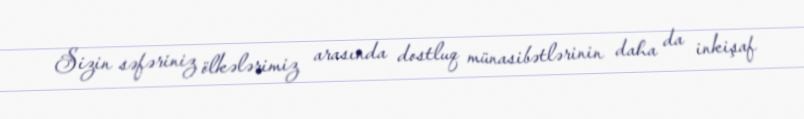
Sizin səfəriniz ölkələrimiz arasında dostluq münasibətlərinin daha da inkişaf